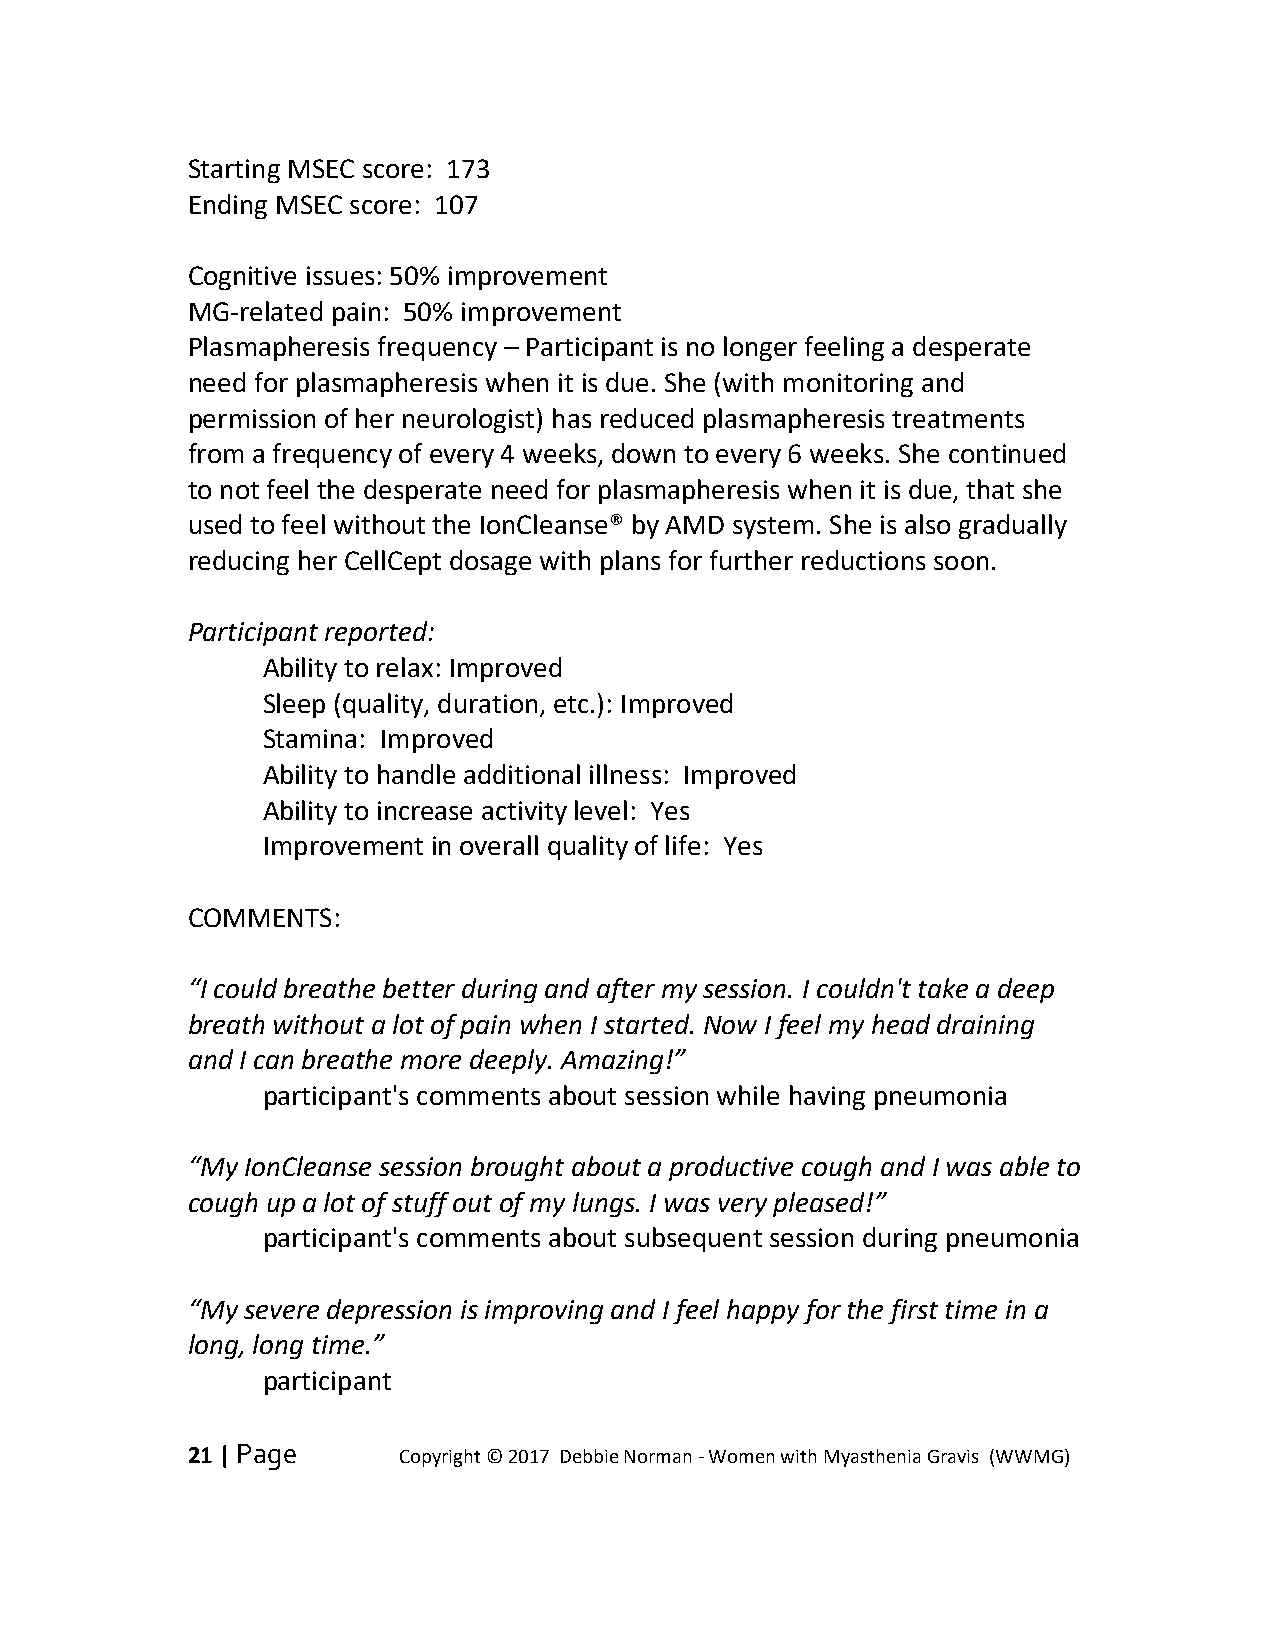
Starting MSEC score: 173
 Ending MSEC score: 107
 Cognitive issues: 50% improvement
 MG-related pain: 50% improvement
 Plasmapheresis frequency – Participant is no longer feeling a desperate
 need for plasmapheresis when it is due. She (with monitoring and
 permission of her neurologist) has reduced plasmapheresis treatments
 from a frequency of every 4 weeks, down to every 6 weeks. She continued
 to not feel the desperate need for plasmapheresis when it is due, that she
 used to feel without the IonCleanse® by AMD system. She is also gradually
 reducing her CellCept dosage with plans for further reductions soon.
 Participant reported:
 Ability to relax: Improved
 Sleep (quality, duration, etc.): Improved
 Stamina: Improved
 Ability to handle additional illness: Improved
 Ability to increase activity level: Yes
 Improvement in overall quality of life: Yes
 COMMENTS:
 “I could breathe better during and after my session. I couldn't take a deep
 breath without a lot of pain when I started. Now I feel my head draining
 and I can breathe more deeply. Amazing!”
 participant's comments about session while having pneumonia
 “My IonCleanse session brought about a productive cough and I was able to
 cough up a lot of stuff out of my lungs. I was very pleased!”
 participant's comments about subsequent session during pneumonia
 “My severe depression is improving and I feel happy for the first time in a
 long, long time.”
 participant
 21 | Page     Copyright © 2017 Debbie Norman - Women with Myasthenia Gravis (WWMG)